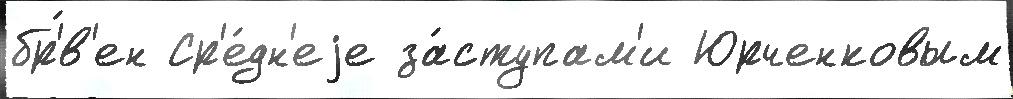
бр'́в'ен Ср'е́дн'еjе за́ступам'и Юрченковым